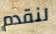
لنقدم